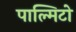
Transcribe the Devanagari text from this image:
पाल्मिटो